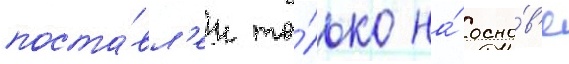
поста́вл'ен то́лько на́ осно́в'е